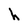
Character: h